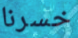
خسرنا